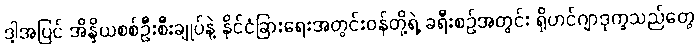
ဒါ့အပြင် အိန္ဒိယစစ်ဦးစီးချုပ်နဲ့ နိုင်ငံခြားရေးအတွင်းဝန်တို့ရဲ့ ခရီးစဉ်အတွင်း ရိုဟင်ဂျာဒုက္ခသည်တွေ